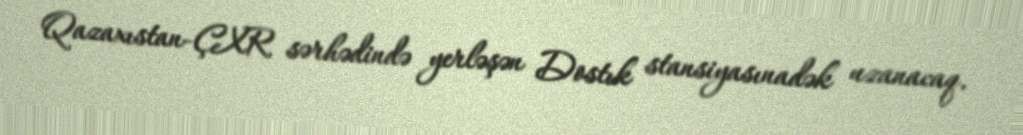
Qazaxıstan-ÇXR sərhədində yerləşən Dostık stansiyasınadək uzanacaq.